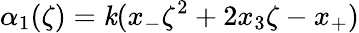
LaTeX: \alpha_{1}(\zeta)=\mathit{k}(x_{-}\zeta^{2}+2x_{3}\zeta-x_{+})